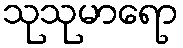
သုသုမာရော